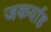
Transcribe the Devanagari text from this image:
जकर्याह